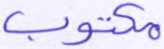
مكتوب